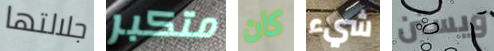
جلالتها متكبر كان شيء ويستن